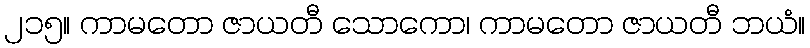
၂၁၅။ ကာမတော ဇာယတီ သောကော၊ ကာမတော ဇာယတီ ဘယံ။